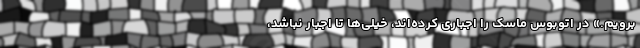
برویم.» در اتوبوس ماسک را اجباری کرده‌اند، خیلی‌ها تا اجبار نباشد،